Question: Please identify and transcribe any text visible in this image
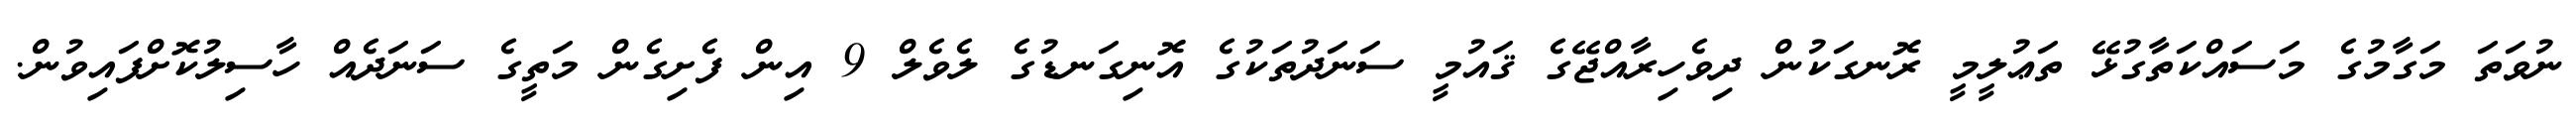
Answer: ނުވަތަ މަގާމުގެ މަސައްކަތާގުޅޭ ތަޢުލީމީ ރޮނގަކުން ދިވެހިރާއްޖޭގެ ޤައުމީ ސަނަދުތަކުގެ އޮނިގަނޑުގެ ލެވެލް 9 އިން ފެށިގެން މަތީގެ ސަނަދެއް ހާސިލުކޮށްފައިވުން.